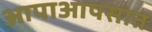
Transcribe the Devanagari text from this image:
आपाआपसात